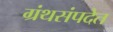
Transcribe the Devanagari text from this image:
ग्रंथसंपदेत